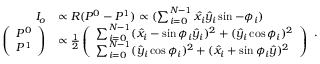
\begin{array} { r l } { I _ { o } } & { \propto R ( P ^ { 0 } - P ^ { 1 } ) \propto ( \sum _ { i = 0 } ^ { N - 1 } \hat { x } _ { i } \hat { y } _ { i } \sin - \phi _ { i } ) } \\ { \left( \begin{array} { l } { P ^ { 0 } } \\ { P ^ { 1 } } \end{array} \right) } & { \propto \frac { 1 } { 2 } \left( \begin{array} { l } { \sum _ { i = 0 } ^ { N - 1 } ( \hat { x } _ { i } - \sin \phi _ { i } \hat { y } _ { i } ) ^ { 2 } + ( \hat { y } _ { i } \cos \phi _ { i } ) ^ { 2 } } \\ { \sum _ { i = 0 } ^ { N - 1 } ( \hat { y } _ { i } \cos \phi _ { i } ) ^ { 2 } + ( \hat { x } _ { i } + \sin \phi _ { i } \hat { y } ) ^ { 2 } } \end{array} \right) } \end{array} .